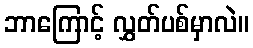
ဘာကြောင့် လွှတ်ပစ်မှာလဲ။